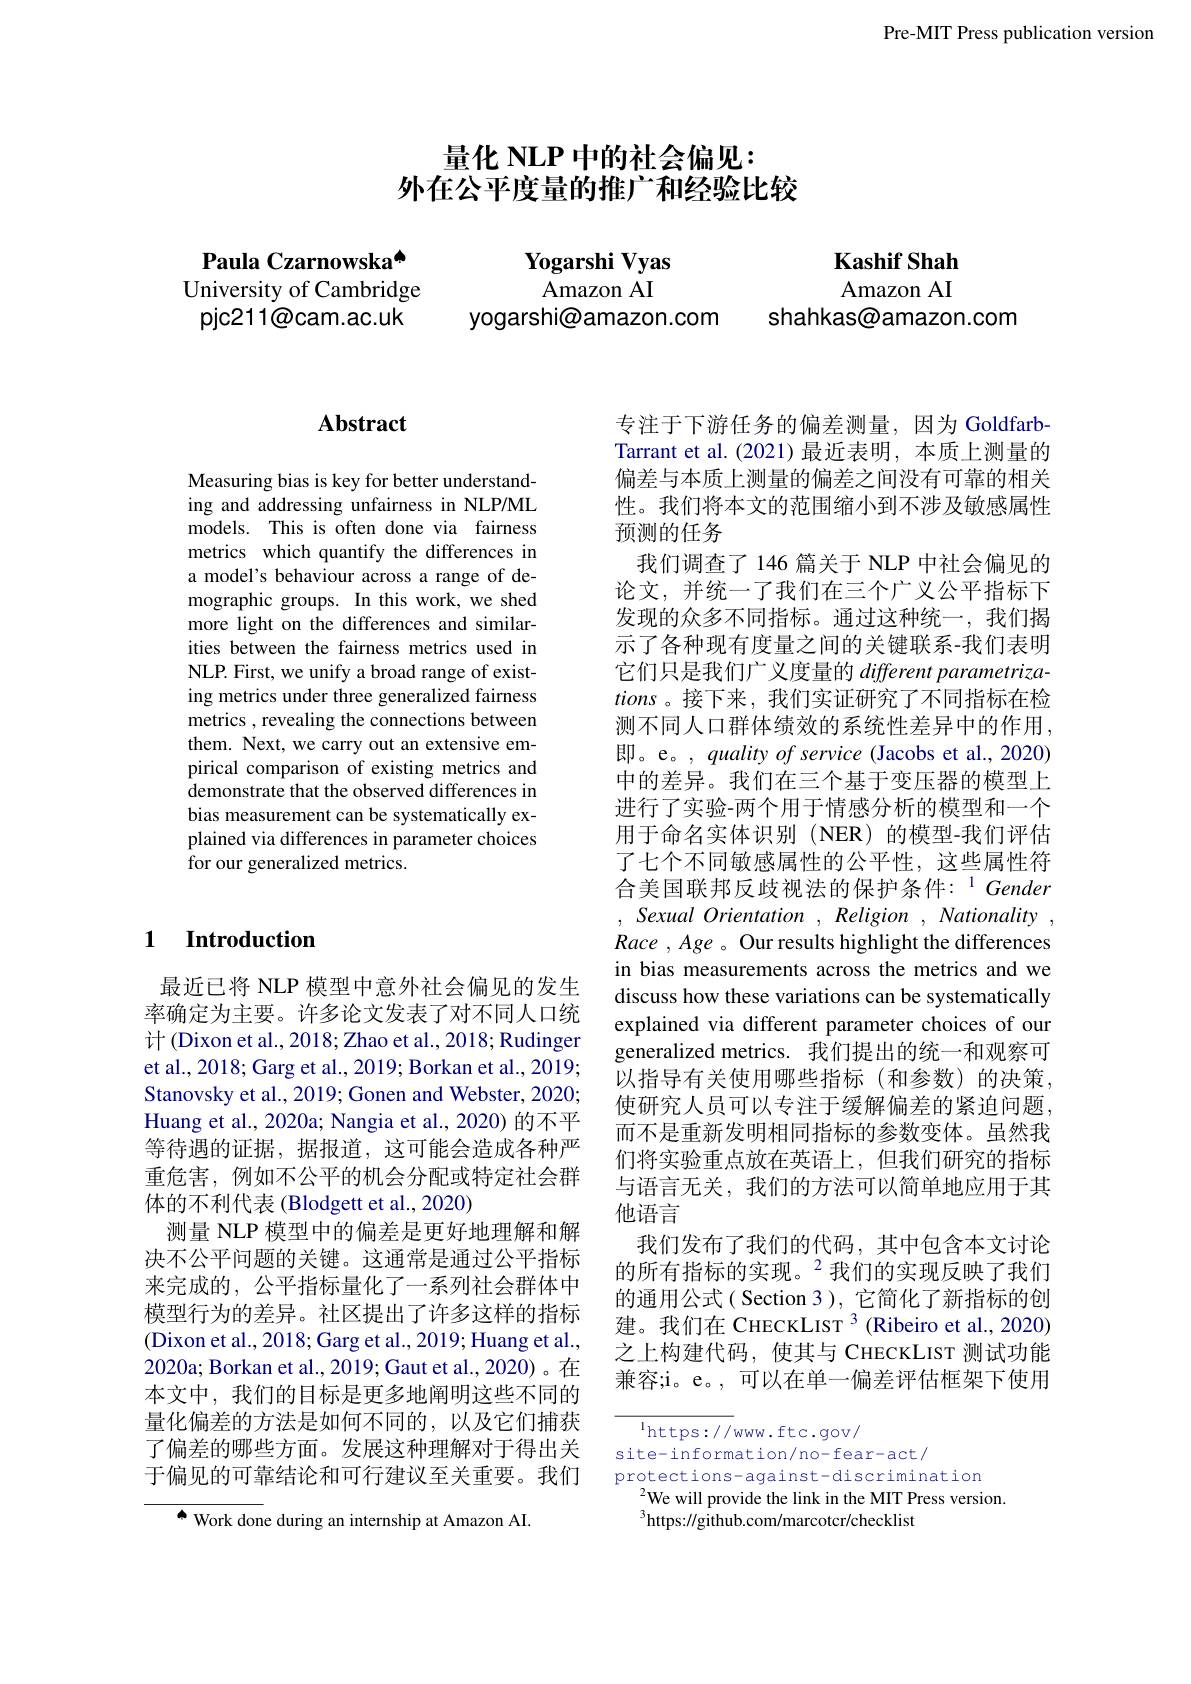
Pre-MIT Press publication version

# 量化 NLP 中的社会偏见： 外在公平度量的推广和经验比较

Paula Czarnowska$^{\mathrm{o}}$ University of Cambridge pjc211@cam.ac.uk

Yogarshi Vyas
Amazon AI
yogarshi@amazon.com

Amazon AI
shahkas@amazon.com

# Kashif Shah

# Abstract

Measuring bias is key for better understanding and addressing unfairness in NLP/ML models. This is often done via fairness metrics which quantify the differences in a model's behaviour across a range of demographic groups. In this work, we shed more light on the differences and similarities between the fairness metrics used in NLP. First, we unify a broad range of existing metrics under three generalized fairness metrics , revealing the connections between them. Next, we carry out an extensive empirical comparison of existing metrics and demonstrate that the observed differences in bias measurement can be systematically explained via differences in parameter choices for our generalized metrics.

## 1 Introduction

最近已将 NLP 模型中意外社会偏见的发生率确定为主要。许多论文发表了对不同人口统计 (Dixon et al., 2018; Zhao et al., 2018; Rudinger et al., 2018; Garg et al., 2019; Borkan et al., 2019; Stanovsky et al., 2019; Gonen and Webster, 2020; Huang et al., 2020a; Nangia et al., 2020) 的不平等待遇的证据，据报道，这可能会造成各种严重危害，例如不公平的机会分配或特定社会群体的不利代表 (Blodgett et al., 2020)
测量 NLP 模型中的偏差是更好地理解和解决不公平问题的关键。这通常是通过公平指标来完成的，公平指标量化了一系列社会群体中模型行为的差异。社区提出了许多这样的指标(Dixon et al., 2018; Garg et al., 2019; Huang et al., 2020a; Borkan et al., 2019; Gaut et al., 2020)。在本文中，我们的目标是更多地阐明这些不同的量化偏差的方法是如何不同的，以及它们捕获了偏差的哪些方面。发展这种理解对于得出关于偏见的可靠结论和可行建议至关重要。我们

$^{\bullet}$ Work done during an internship at Amazon AI.

专注于下游任务的偏差测量，因为 GoldfarbTarrant et al.(2021)最近表明，本质上测量的偏差与本质上测量的偏差之间没有可靠的相关性。我们将本文的范围缩小到不涉及敏感属性预测的任务
我们调查了 146 篇关于 NLP 中社会偏见的论文，并统一了我们在三个广义公平指标下发现的众多不同指标。通过这种统一，我们揭示了各种现有度量之间的关键联系-我们表明它们只是我们广义度量的 different parametrizations。接下来，我们实证研究了不同指标在检测不同人口群体绩效的系统性差异中的作用， 即。e。, quality of service (Jacobs et al., 2020) 中的差异。我们在三个基于变压器的模型上进行了实验-两个用于情感分析的模型和一个用于命名实体识别(NER)的模型-我们评估了七个不同敏感属性的公平性，这些属性符合美国联邦反歧视法的保护条件：$^{1}Gender$ , Sexual Orientation $, \textit{Religion}, \textit{Nationality}$, Race , Age 。${\mathrm{Our~results~highlight~the~differences}}$ in bias measurements across the metrics and we discuss how these variations can be systematically explained via different parameter choices of our generalized metrics. 我们提出的统一和观察可以指导有关使用哪些指标(和参数)的决策， 使研究人员可以专注于缓解偏差的紧迫问题， 而不是重新发明相同指标的参数变体。虽然我们将实验重点放在英语上，但我们研究的指标与语言无关，我们的方法可以简单地应用于其他语言
我们发布了我们的代码，其中包含本文讨论的所有指标的实现。$^{2}$我们的实现反映了我们的通用公式( Section 3), 它简化了新指标的创建。我们在 CHECKLIST $^3$ (Ribeiro et al., 2020) 之上构建代码，使其与 CHECKLIST 测试功能兼容；i。e。, 可以在单一偏差评估框架下使用

${\overline{^{1}\mathrm{https://}}\mathrm{www.ftc.gov/}}$
site-information/no-fear-act/
protections-against-discrimination
$^{2}$We will provide the link in the MIT Press version.
$^{3}$https://github.com/marcotcr/checklist